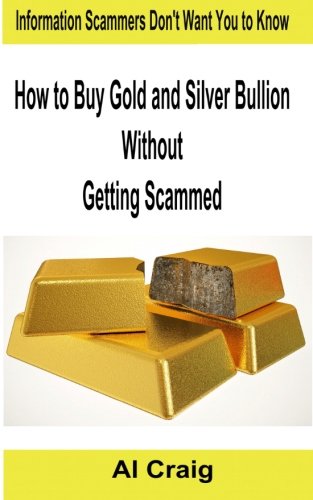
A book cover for How to Buy Gold and Silver Bullion Without Getting Scammed; Al Craig; Crafts, Hobbies & Home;